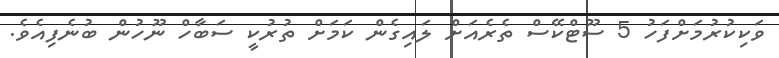
ވަކިކުރުމަށްފަހު 5 ސޫޓްކޭސް ތެރެއަށް ލައިގެން ކަމަށް ތުރުކީ ސަބާހް ނޫހުން ބުނެފިއެވެ.